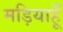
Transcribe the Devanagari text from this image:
मड़ियाहूँ